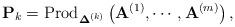
LaTeX: \begin{align*}\mathbf{P}_{k}=\mbox{Prod}_{\boldsymbol{\Delta}^{(k)}}\left(\mathbf{A}^{(1)},\cdots,\mathbf{A}^{(m)}\right),\end{align*}